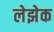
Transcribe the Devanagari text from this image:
लेझेक